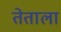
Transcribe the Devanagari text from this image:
तेताला